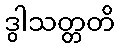
ဒွါသတ္တတိ